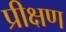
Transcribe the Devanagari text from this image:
प्रीक्षण